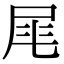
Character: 𡱕